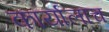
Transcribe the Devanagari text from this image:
कार्यालाच